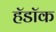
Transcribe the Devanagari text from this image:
हॅडॉक